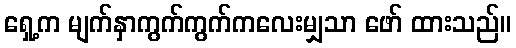
ရှေ့က မျက်နှာကွက်ကွက်ကလေးမျှသာ ဖော် ထားသည်။